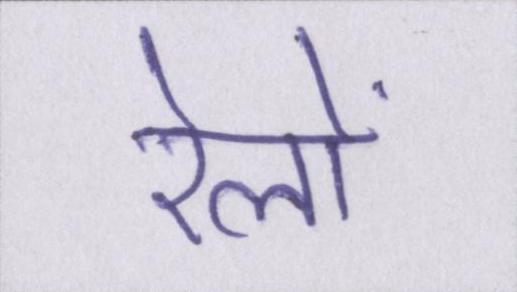
रेलों